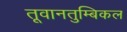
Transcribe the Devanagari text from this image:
तूवानतुम्बिकल